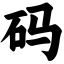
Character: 码